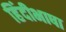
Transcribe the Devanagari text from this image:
हिंदीभाषा